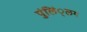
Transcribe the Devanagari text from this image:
पुंलिं्लग